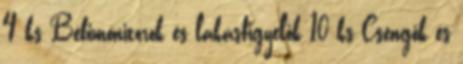
4 ks Bébimonitorok és lakásfigyelők 10 ks Csengők és